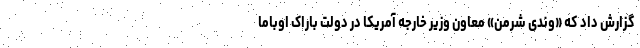
گزارش داد که «وندی شرمن» معاون وزیر خارجه آمریکا در دولت باراک اوباما